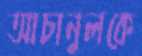
আচানুলকে